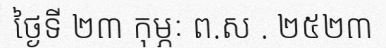
ថ្ងៃទី ២៣ កុម្ភៈ ព.ស . ២៥២៣